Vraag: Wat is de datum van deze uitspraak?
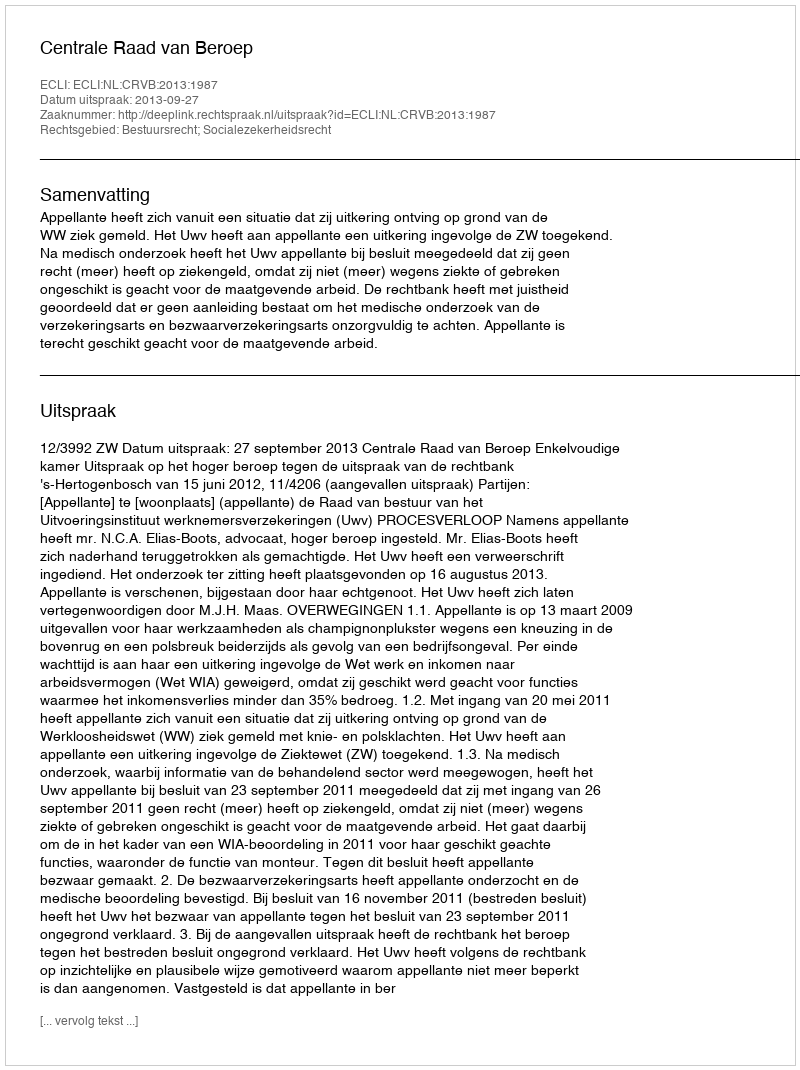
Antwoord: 2013-09-27